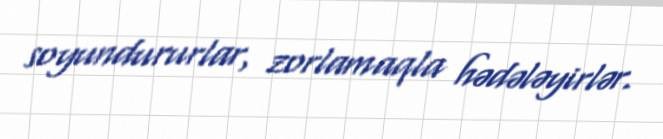
soyundururlar, zorlamaqla hədələyirlər.